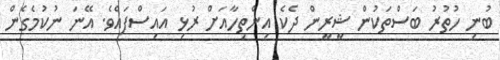
ބުނި ހުތުރު ބަސްތަކުން ޝީރީން ދެކެ އިންތިހާއަށް ރުޅި އައިސްފައެވެ. އޭނަ ނުކުމެގެން